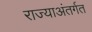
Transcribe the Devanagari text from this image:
राज्याअंतर्गत